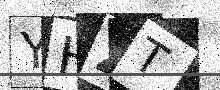
Text: YHZT